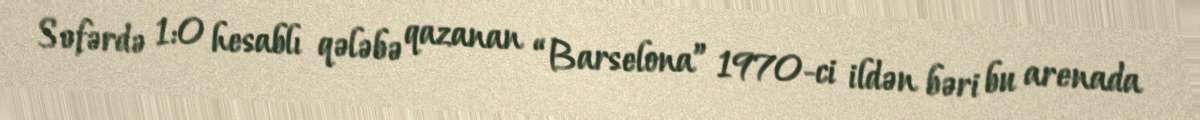
Səfərdə 1:0 hesablı qələbə qazanan “Barselona” 1970-ci ildən bəri bu arenada